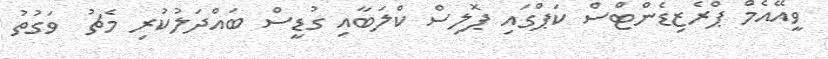
ވީއޭއެމް ޕްރެޒިޑެންޓްސް ކަޕްގައި ޕޮލިސް ކްލަބާއި ގުޑީސް ބައްދަލުކުރި މެޗު  ވަގުތު